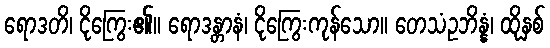
ရောဒတိ၊ ငိုကြွေး၏။ ရောဒန္တာနံ၊ ငိုကြွေးကုန်သော။ တေသံဥဘိန္နံ၊ ထိုနှစ်